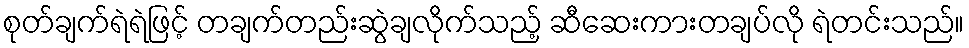
စုတ်ချက်ရဲရဲဖြင့် တချက်တည်းဆွဲချလိုက်သည့် ဆီဆေးကားတချပ်လို ရဲတင်းသည်။